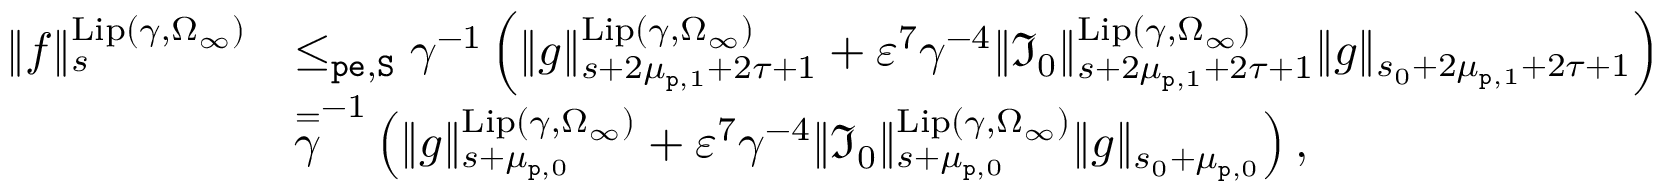
\begin{array} { r l } { \rVert f \rVert _ { s } ^ { \mathrm { L i p } ( \gamma , \Omega _ { \infty } ) } } & { \le _ { \mathtt { p e } , \mathtt { S } } \gamma ^ { - 1 } \left( \rVert g \rVert _ { s + 2 \mu _ { \mathtt { p } , 1 } + 2 \tau + 1 } ^ { \mathrm { L i p } ( \gamma , \Omega _ { \infty } ) } + \varepsilon ^ { 7 } \gamma ^ { - 4 } \rVert \mathfrak { I } _ { 0 } \rVert _ { s + 2 \mu _ { \mathtt { p } , 1 } + 2 \tau + 1 } ^ { \mathrm { L i p } ( \gamma , \Omega _ { \infty } ) } \rVert g \rVert _ { s _ { 0 } + 2 \mu _ { \mathtt { p } , 1 } + 2 \tau + 1 } \right) } \\ & { \overset = \gamma ^ { - 1 } \left( \rVert g \rVert _ { s + \mu _ { \mathtt { p } , 0 } } ^ { \mathrm { L i p } ( \gamma , \Omega _ { \infty } ) } + \varepsilon ^ { 7 } \gamma ^ { - 4 } \rVert \mathfrak { I } _ { 0 } \rVert _ { s + \mu _ { \mathtt { p } , 0 } } ^ { \mathrm { L i p } ( \gamma , \Omega _ { \infty } ) } \rVert g \rVert _ { s _ { 0 } + \mu _ { \mathtt { p } , 0 } } \right) , } \end{array}